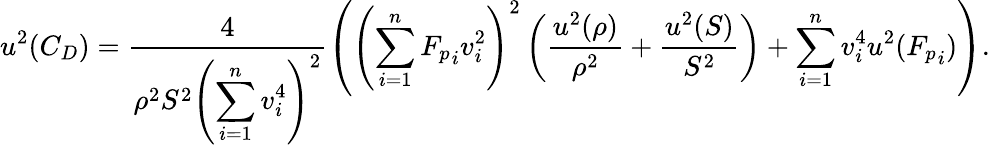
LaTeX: u^{2}(C_{D})=\frac{4}{\rho^{2}S^{2}\left(\displaystyle\sum_{i=1}^{n}v_{i}^{4}\right)^{2}}\left(\left(\displaystyle\sum_{i=1}^{n}{F_{p}}_{i}v_{i}^{2}\right)^{2}\left(\frac{u^{2}(\rho)}{\rho^{2}}+\frac{u^{2}(S)}{S^{2}}\right)+\displaystyle\sum_{i=1}^{n}v_{i}^{4}u^{2}({F_{p}}_{i})\right).